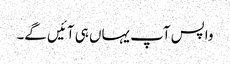
واپس آپ یہاں ہی آئیں گے۔